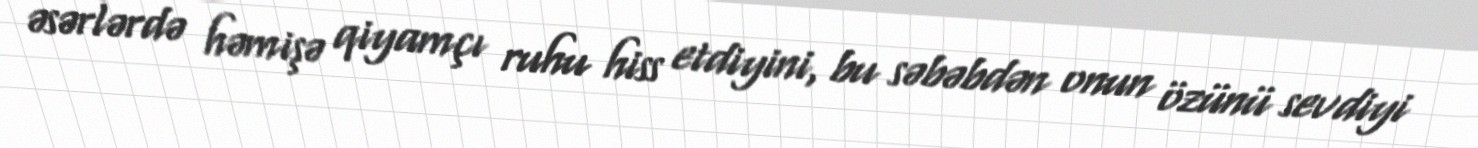
əsərlərdə həmişə qiyamçı ruhu hiss etdiyini, bu səbəbdən onun özünü sevdiyi